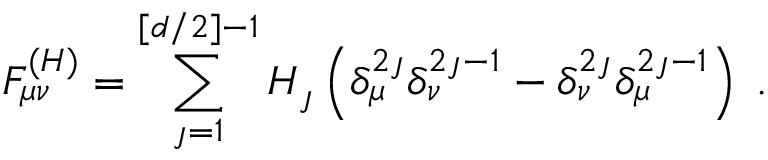
F _ { \mu \nu } ^ { ( H ) } = \sum _ { \jmath = 1 } ^ { [ d / 2 ] - 1 } H _ { \jmath } \left( \delta _ { \mu } ^ { 2 \jmath } \delta _ { \nu } ^ { 2 \jmath - 1 } - \delta _ { \nu } ^ { 2 \jmath } \delta _ { \mu } ^ { 2 \jmath - 1 } \right) \; .